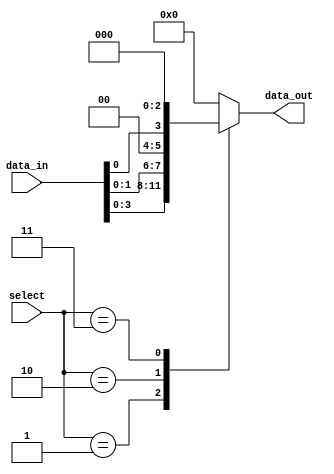
module demultiplexer (
  input [7:0] data_in,
  input [2:0] select,
  output [3:0] data_out
);

reg [3:0] data_out;

always @(*) begin
  case (select)
    3'd0: data_out = {data_in, 4'b0000};
    3'd1: data_out = {4'b0000, data_in};
    3'd2: data_out = {2'b00, data_in, 2'b00};
    3'd3: data_out = {1'b0, data_in, 3'b000};
    default: data_out = 4'b0000;
  endcase
end

endmodule